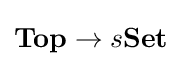
\mathbf {Top} \to s\mathbf {Set}